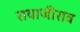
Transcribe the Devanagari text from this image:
रायाजीराव